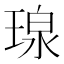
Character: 瑔